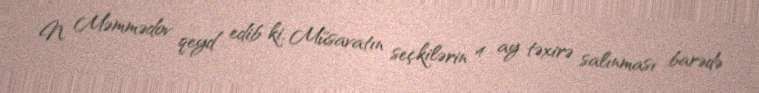
N. Məmmədov qeyd edib ki, Müsavatın seçkilərin 4 ay təxirə salınması barədə